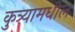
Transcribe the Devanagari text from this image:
कुत्र्यामधील